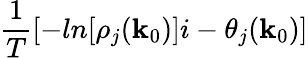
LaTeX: \frac{1}{T}[-ln[\rho_{j}({\mathbf k}_{0})]i-\theta_{j}({\mathbf k}_{0})]